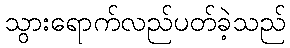
သွားရောက်လည်ပတ်ခဲ့သည်